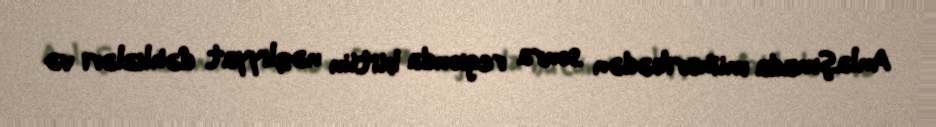
Anlaşmada müharibədən sonra regionda bütün nəqliyyat dəhlizləri və